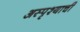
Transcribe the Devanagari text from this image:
अस्पृश्याची